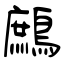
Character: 鷓